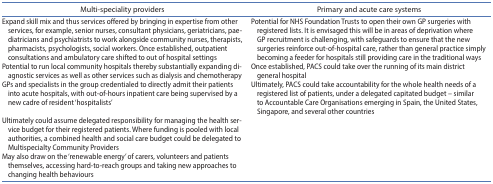
| Multi-speciality providers | Primary and acute care systems |
 | --- | --- |
 | Expand skill mix and thus services offered by bringing in expertise from other services, for example, senior nurses, consultant physicians, geriatricians, paediatricians and psychiatrists to work alongside community nurses, therapists, pharmacists, psychologists, social workers. Once established, outpatient consultations and ambulatory care shifted to out of hospital settings | Potential for NHS Foundation Trusts to open their own GP surgeries with registered lists. It is envisaged this will be in areas of deprivation where GP recruitment is challenging, with safeguards to ensure that the new surgeries reinforce out-of-hospital care, rather than general practice simply becoming a feeder for hospitals still providing care in the traditional ways |
 | Potential to run local community hospitals thereby substantially expanding diagnostic services as well as other services such as dialysis and chemotherapy | Once established, PACS could take over the running of its main district general hospital |
 | GPs and specialists in the group credentialed to directly admit their patients into acute hospitals, with out-of-hours inpatient care being supervised by a new cadre of resident ‘hospitalists’ | Ultimately, PACS could take accountability for the whole health needs of a registered list of patients, under a delegated capitated budget – similar to Accountable Care Organisations emerging in Spain, the United States, Singapore, and several other countries |
 | Ultimately could assume delegated responsibility for managing the health service budget for their registered patients. Where funding is pooled with local authorities, a combined health and social care budget could be delegated to Multispecialty Community Providers | <ROWSPAN=2>  |
 | May also draw on the ‘renewable energy’ of carers, volunteers and patients themselves, accessing hard-to-reach groups and taking new approaches to changing health behaviours |